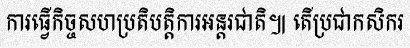
ការធ្វើកិច្ចសហប្រតិបត្តិការអន្តរជាតិ៕ តើប្រជាកសិករ